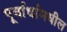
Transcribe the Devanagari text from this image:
पूर्वार्धामधील